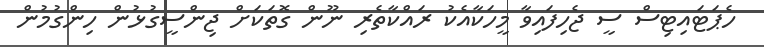
ހެޕަޓައިޓިސް ސީ ޖެހިފައިވާ މީހަކާއެކު ރައްކާތެރި ނޫން ގޮތަކަށް ޖިންސީގުޅުން ހިންގުމުން